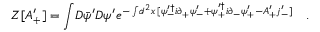
Z [ A _ { + } ^ { \prime } ] = \int \! D \bar { \psi } ^ { \prime } D \psi ^ { \prime } e ^ { - \int \! d ^ { 2 } x \, [ \psi _ { - } ^ { \prime \dag } i \partial _ { + } \psi _ { - } ^ { \prime } + \psi _ { + } ^ { \prime \dag } i \partial _ { - } \psi _ { + } ^ { \prime } - A _ { + } ^ { \prime } j _ { - } ^ { \prime } ] } \quad .